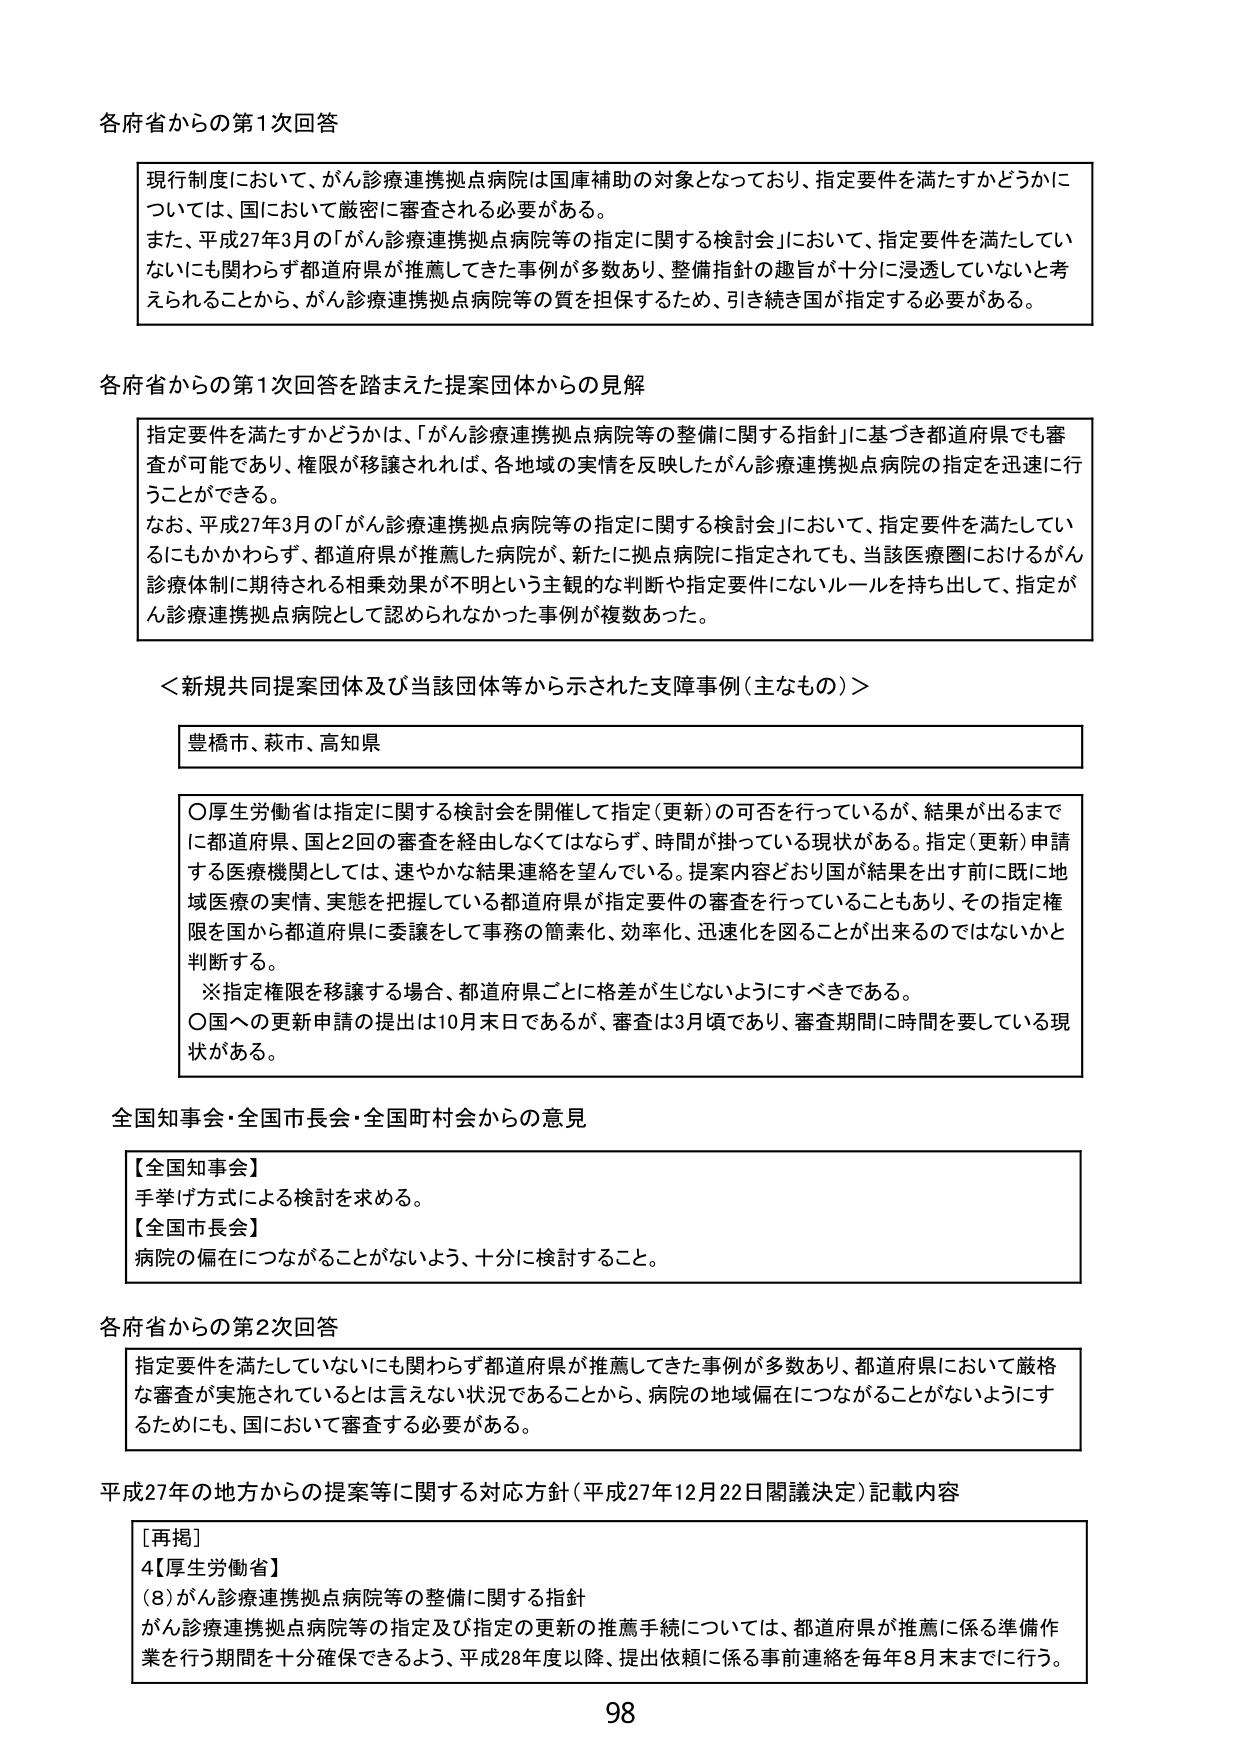
各府省からの第1次回答

現行制度において、がん診療連携拠点病院は国庫補助の対象となっており、指定要件を満たすかどうかについては、国において厳密に審査される必要がある。
また、平成27年3月の「がん診療連携拠点病院等の指定に関する検討会」において、指定要件を満たしていないにも関わらず都道府県が推薦してきた事例が多数あり、整備指針の趣旨が十分に浸透していないと考えられることから、がん診療連携拠点病院等の質を担保するため、引き続き国が指定する必要がある。

各府省からの第1次回答を踏まえた提案団体からの見解

指定要件を満たすかどうかは、「がん診療連携拠点病院等の整備に関する指針」に基づき都道府県でも審査が可能であり、権限が移譲されれば、各地域の実情を反映したがん診療連携拠点病院の指定を迅速に行うことができる。
なお、平成27年3月の「がん診療連携拠点病院等の指定に関する検討会」において、指定要件を満たしているにもかかわらず、都道府県が推薦した病院が、新たに拠点病院に指定されても、当該医療圏におけるがん診療体制に期待される相乗効果が不明という主観的な判断や指定要件にないルールを持ち出して、指定ががん診療連携拠点病院として認められなかった事例が複数あった。

＜新規共同提案団体及び当該団体等から示された支障事例（主なもの）＞

豊橋市、萩市、高知県

○厚生労働省は指定に関する検討会を開催して指定（更新）の可否を行っているが、結果が出るまでに都道府県、国と2回の審査を経由しなくてはならず、時間が掛っている現状がある。指定（更新）申請する医療機関としては、速やかな結果連絡を望んでいる。提案内容どおり国が結果を出す前に既に地域医療の実情、実態を把握している都道府県が指定要件の審査を行っていることもあり、その指定権限を国から都道府県に委譲をして事務の簡素化、効率化、迅速化を図ることが出来るのではないかと判断する。
※指定権限を移譲する場合、都道府県ごとに格差が生じないようにすべきである。
○国への更新申請の提出は10月末日であるが、審査は3月頃であり、審査期間に時間を要している現状がある。

全国知事会・全国市長会・全国町村会からの意見

【全国知事会】
手挙げ方式による検討を求める。
【全国市長会】
病院の偏在につながることがないよう、十分に検討すること。

各府省からの第2次回答

指定要件を満たしていないにも関わらず都道府県が推薦してきた事例が多数あり、都道府県において厳格な審査が実施されているとは言えない状況であることから、病院の地域偏在につながることがないようにするためにも、国において審査する必要がある。

平成27年の地方からの提案等に関する対応方針（平成27年12月22日閣議決定）記載内容

［再掲］
4【厚生労働省】
（8）がん診療連携拠点病院等の整備に関する指針
がん診療連携拠点病院等の指定及び指定の更新の推薦手続については、都道府県が推薦に係る準備作業を行う期間を十分確保できるよう、平成28年度以降、提出依頼に係る事前連絡を毎年8月末までに行う。

98